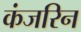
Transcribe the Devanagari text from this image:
कंजरिन